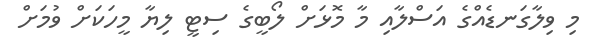
މި ވިލާގަނޑެއްގެ އަސްލާއި މާ މޮޅަށް ލޯބީގެ ސިޓީ ލިޔާ މީހަކަށް ވުމަށް